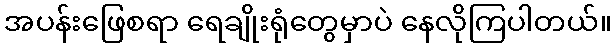
အပန်းဖြေစရာ ရေချိုးရုံတွေမှာပဲ နေလိုကြပါတယ်။